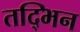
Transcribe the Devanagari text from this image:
तद्भिन